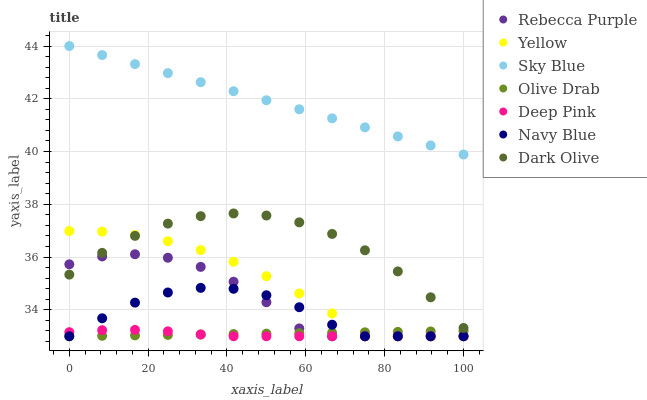
| xaxis_label | Rebecca Purple | Yellow | Sky Blue | Olive Drab | Deep Pink | Navy Blue | Dark Olive |
 | --- | --- | --- | --- | --- | --- | --- | --- |
 | 0 | 35.7 | 37 | 44 | 33 | 33.2 | 33 | 35.3 |
 | 8.33 | 36 | 37 | 43.7 | 33 | 33.2 | 33.7 | 36.2 |
 | 16.7 | 36.1 | 36.8 | 43.3 | 33 | 33.2 | 34.3 | 36.8 |
 | 25 | 36 | 36.6 | 43 | 33 | 33.2 | 34.7 | 37.3 |
 | 33.3 | 35.6 | 36.3 | 42.6 | 33.1 | 33.1 | 34.8 | 37.6 |
 | 41.7 | 35.1 | 35.8 | 42.3 | 33.1 | 33 | 34.8 | 37.7 |
 | 50 | 34.3 | 35.3 | 41.9 | 33.1 | 33 | 34.6 | 37.6 |
 | 58.3 | 33.3 | 34.6 | 41.6 | 33.1 | 33 | 34.1 | 37.3 |
 | 66.7 | 33 | 33.9 | 41.3 | 33.1 | 33 | 33.4 | 36.9 |
 | 75 | 33 | 33 | 40.9 | 33.1 | 33 | 33 | 36.3 |
 | 83.3 | 33 | 33 | 40.6 | 33.2 | 33 | 33 | 35.5 |
 | 91.7 | 33 | 33 | 40.2 | 33.2 | 33 | 33 | 34.5 |
 | 100 | 33 | 33 | 39.9 | 33.2 | 33 | 33 | 33.3 |